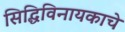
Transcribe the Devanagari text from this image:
सिद्धिविनायकाचे